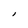
Character: l